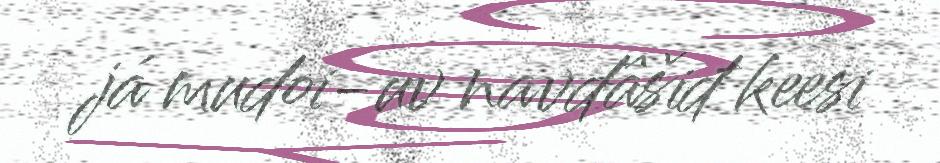
já mudoi-uv navdâšiđ keesi